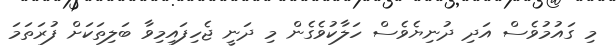
މި ގައުމުވެސް އަދި ދުނިޔެވެސް ހަލާކުވެގެން މި ދަނީ ޖެހިފައިމިވާ ބަލިތަކަށް ފުރަތަމަ